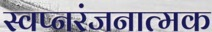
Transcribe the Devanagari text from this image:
स्वप्नरंजनात्मक